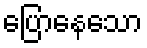
ပြောနေသော